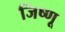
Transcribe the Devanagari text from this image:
जिष्णू